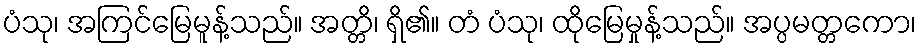
ပံသု၊ အကြင်မြေမူန့်သည်။ အတ္တိ၊ ရှိ၏။ တံ ပံသု၊ ထိုမြေမှုန့်သည်။ အပ္ပမတ္တကော၊